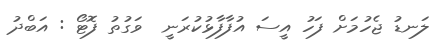
ލަނޑު ޖެހުމަށް ފަހު އީސަ އުފާފާޅުކުރަނީ  ވަގުތު ފޮޓޯ : އަބްދު